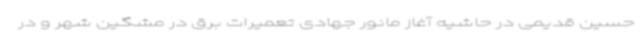
حسین قدیمی در حاشیه آغاز مانور جهادی تعمیرات برق در مشگین شهر و در